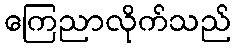
ကြေညာလိုက်သည်